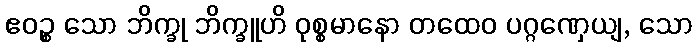
ဧဝဉ္စ သော ဘိက္ခု ဘိက္ခူဟိ ဝုစ္စမာနော တထေဝ ပဂ္ဂဏှေယျ, သော